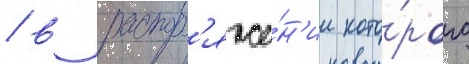
/ в распор'яже́н'ии кото́рого